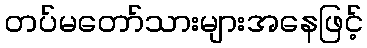
တပ်မတော်သားများအနေဖြင့်